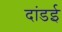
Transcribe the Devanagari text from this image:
दांडई